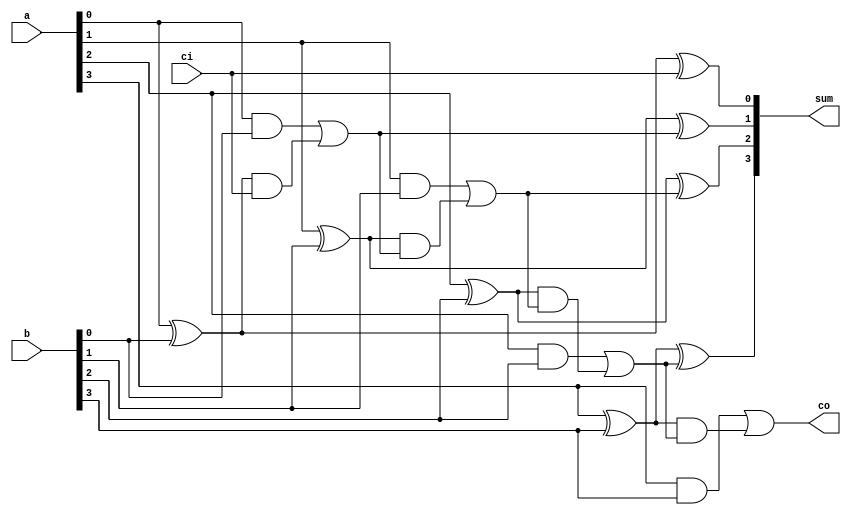
module addergen1 (co, sum, a, b, ci);
  parameter SIZE = 4;
  output [SIZE-1:0] sum;
  output            co;
  input  [SIZE-1:0] a, b;
  input             ci;
  wire   [SIZE  :0] c;
  wire   [SIZE-1:0] t [1:3];
  genvar            i;

  assign c[0] = ci;

  // Hierarchical gate instance names are:
  // xor gates: bit[0].g1 bit[1].g1 bit[2].g1 bit[3].g1
  //            bit[0].g2 bit[1].g2 bit[2].g2 bit[3].g2
  // and gates: bit[0].g3 bit[1].g3 bit[2].g3 bit[3].g3
  //            bit[0].g4 bit[1].g4 bit[2].g4 bit[3].g4
  // or  gates: bit[0].g5 bit[1].g5 bit[2].g5 bit[3].g5
  // Generated instances are connected with
  // multidimensional nets t[1][3:0] t[2][3:0] t[3][3:0]
  // (12 nets total)

    for(i=0; i<SIZE; i=i+1) begin:bit
      xor g1 ( t[1][i],    a[i],    b[i]);
      xor g2 (  sum[i], t[1][i],    c[i]);
      and g3 ( t[2][i],    a[i],    b[i]);
      and g4 ( t[3][i], t[1][i],    c[i]);
      or  g5 (  c[i+1], t[2][i], t[3][i]);
    end

  assign co = c[SIZE];
endmodule